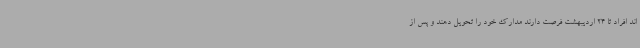
اند افراد تا 24 اردیبهشت فرصت دارند مدارک خود را تحویل دهند و پس از